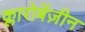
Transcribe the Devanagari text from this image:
क्लारोबेंज़ीन